Indian journal of veterinary science and animal husbandry - Volume 12,
Year: 1942
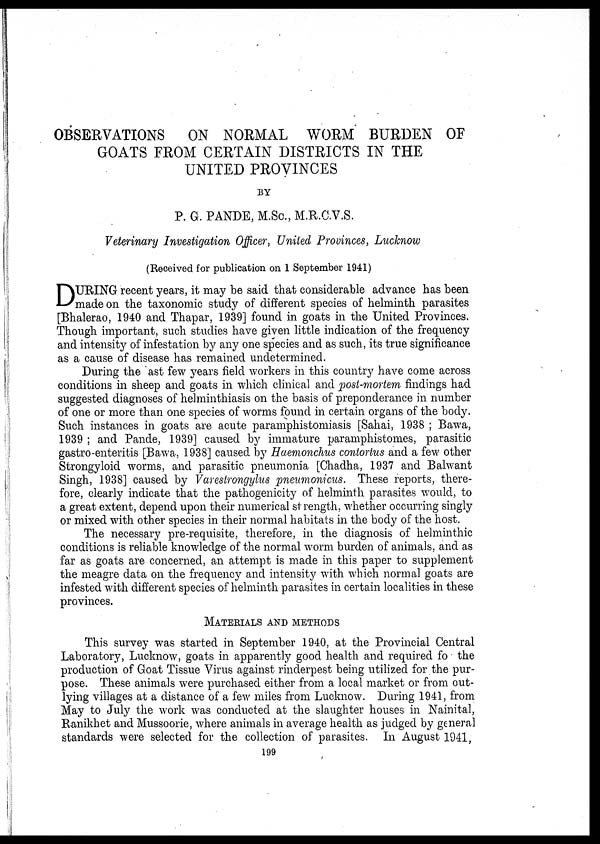
OBSERVATIONS ON NORMAL WORM BURDEN OF
GOATS FROM CERTAIN DISTRICTS IN THE
UNITED PROVINCES
BY
P. G. PANDE, M.Sc., M.R.C.V.S.
Veterinary Investigation Officer, United Provinces, Lucknow
(Received for publication on 1 September 1941)
D URING recent years, it may be said that considerable advance has been
made on the taxonomic study of different species of helminth parasites
[Bhalerao, 1940 and Thapar, 1939] found in goats in the United Provinces.
Though important, such studies have given little indication of the frequency
and intensity of infestation by any one species and as such, its true significance
as a cause of disease has remained undetermined.
During the ast few years field workers in this country have come across
conditions in sheep and goats in which clinical and post-mortem findings had
suggested diagnoses of helminthiasis on the basis of preponderance in number
of one or more than one species of worms found in certain organs of the body.
Such instances in goats are acute paramphistomiasis [Sahai, 1938 ; Bawa,
1939 ; and Pande, 1939] caused by immature paramphistomes, parasitic
gastro-enteritis [Bawa, 1938] caused by Haemonchus contortus and a few other
Strongyloid worms, and parasitic pneumonia [Chadha, 1937 and Balwant
Singh, 1938] caused by Varestrongylus pneumonicus. These reports, there-
fore, clearly indicate that the pathogenicity of helminth parasites would, to
a great extent, depend upon their numerical strength, whether occurring singly
or mixed with other species in their normal habitats in the body of the host.
The necessary pre-requisite, therefore, in the diagnosis of helminthic
conditions is reliable knowledge of the normal worm burden of animals, and as
far as goats are concerned, an attempt is made in this paper to supplement
the meagre data on the frequency and intensity with which normal goats are
infested with different species of helminth parasites in certain localities in these
provinces.
MATERIALS AND METHODS
This survey was started in September 1940, at the Provincial Central
Laboratory, Lucknow, goats in apparently good health and required fo the
production of Goat Tissue Virus against rinderpest being utilized for the pur-
pose. These animals were purchased either from a local market or from out-
lying villages at a distance of a few miles from Lucknow. During 1941, from
May to July the work was conducted at the slaughter houses in Nainital,
Ranikhet and Mussoorie, where animals in average health as judged by general
standards were selected for the collection of parasites. In August 1941,
199